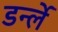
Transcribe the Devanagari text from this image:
डर्न्ले